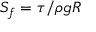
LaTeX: S _ { f } = \tau / \rho g R